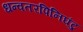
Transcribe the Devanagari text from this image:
धन्वतरपिनिघंटु